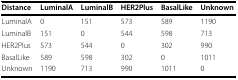
| Distance | LuminalA | LuminalB | HER2Plus | BasalLike | Unknown |
 | --- | --- | --- | --- | --- | --- |
 | LuminalA | 0 | 151 | 573 | 589 | 1190 |
 | LuminalB | 151 | 0 | 544 | 598 | 713 |
 | HER2Plus | 573 | 544 | 0 | 302 | 990 |
 | BasalLike | 589 | 598 | 302 | 0 | 1011 |
 | Unknown | 1190 | 713 | 990 | 1011 | 0 |